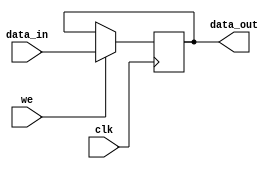
module register#(parameter data_width = 8)
(input clk, 
input we, 
input [data_width-1:0] data_in, 
output reg[data_width-1:0] data_out);

initial begin 
	data_out = 8'd0;
end
 
always @(posedge clk)
	begin 
		if(we==1)
			begin
			data_out <= data_in;
			end
	end
endmodule